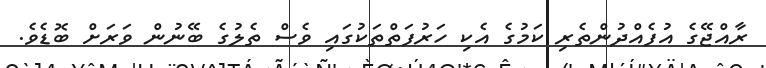
ރާއްޖޭގެ އުފެއްދުންތެރި ކަމުގެ އެކި ހަރުފަތްތަކުގައި ވެސް ތެލުގެ ބޭނުން ވަރަށް ބޮޑެވެ.